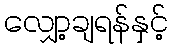
လျှော့ချရန်နှင့်